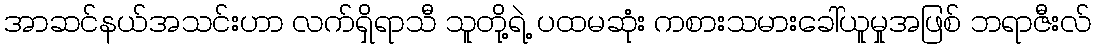
အာဆင်နယ်အသင်းဟာ လက်ရှိရာသီ သူတို့ရဲ့ ပထမဆုံး ကစားသမားခေါ်ယူမှုအဖြစ် ဘရာဇီးလ်